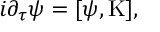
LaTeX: i \partial _ { \tau } \psi = [ \psi , \mathrm { K } ] ,